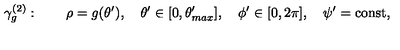
\gamma _ { g } ^ { ( 2 ) } : \quad \quad \rho = g ( \theta ^ { \prime } ) , \quad \theta ^ { \prime } \in [ 0 , \theta _ { m a x } ^ { \prime } ] , \quad \phi ^ { \prime } \in [ 0 , 2 \pi ] , \quad \psi ^ { \prime } = \mathrm { c o n s t } ,